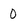
Character: 0